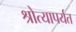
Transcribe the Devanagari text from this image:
श्रोत्यापर्यत